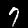
Digit: 7